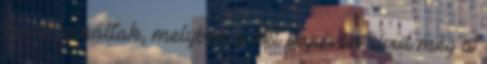
tusát csináltak, melyben a két bajvívón kívül még a